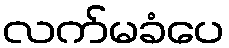
လက်မခံပေ